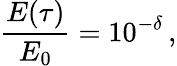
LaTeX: \frac{E(\tau)}{E_{0}}=10^{-\delta}\, ,